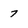
Character: 7